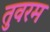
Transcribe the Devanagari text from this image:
तुवरम